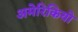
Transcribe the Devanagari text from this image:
अमेरिकियो